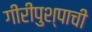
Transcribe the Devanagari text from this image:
गीरीपुश्पाची